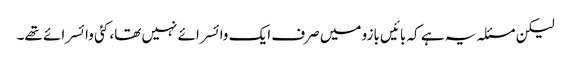
لیکن مسئلہ یہ ہے کہ بائیں بازو میں صرف ایک وائسرائے نہیں تھا، کئی وائسرائے تھے۔